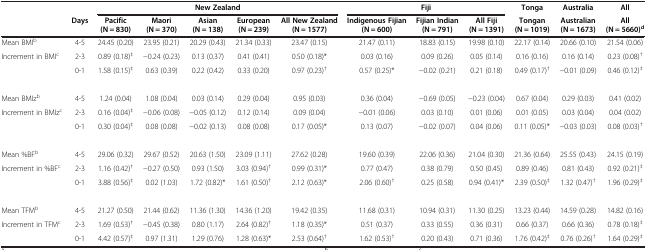
<table><thead><tr><td><b> </b></td><td><b> </b></td><td colspan="5"><b>New Zealand</b></td><td colspan="3"><b>Fiji</b></td><td><b>Tonga</b></td><td><b>Australia</b></td><td><b>All</b></td></tr><tr><td><b> </b></td><td><b>Days</b></td><td><b>Pacific (N = 830)</b></td><td><b>Maori (N = 370)</b></td><td><b>Asian (N = 138)</b></td><td><b>European (N = 239)</b></td><td><b>All New Zealand (N = 1577)</b></td><td><b>Indigenous Fijian (N = 600)</b></td><td><b>Fijian Indian (N = 791)</b></td><td><b>All Fiji (N = 1391)</b></td><td><b>Tongan (N = 1019)</b></td><td><b>Australian (N = 1673)</b></td><td><b>All (N = 5660)<sup>d</sup></b></td></tr></thead><tbody><tr><td>Mean BMI<sup>b</sup></td><td>4-5</td><td>24.45 (0.20)</td><td>23.95 (0.21)</td><td>20.29 (0.43)</td><td>21.34 (0.33)</td><td>23.47 (0.15)</td><td>21.47 (0.11)</td><td>18.83 (0.15)</td><td>19.98 (0.10)</td><td>22.17 (0.14)</td><td>20.66 (0.10)</td><td>21.54 (0.06)</td></tr><tr><td rowspan="2">Increment in BMI<sup>c</sup></td><td>2-3</td><td>0.89 (0.18)<sup>‡</sup></td><td>-0.24 (0.23)</td><td>0.13 (0.37)</td><td>0.41 (0.41)</td><td>0.50 (0.18)*</td><td>0.03 (0.16)</td><td>0.09 (0.26)</td><td>0.05 (0.14)</td><td>0.16 (0.16)</td><td>0.16 (0.14)</td><td>0.23 (0.08)<sup>†</sup></td></tr><tr><td>0-1</td><td>1.58 (0.15)<sup>‡</sup></td><td>0.63 (0.39)</td><td>0.22 (0.42)</td><td>0.33 (0.20)</td><td>0.97 (0.23)<sup>†</sup></td><td>0.57 (0.25)*</td><td>-0.02 (0.21)</td><td>0.21 (0.18)</td><td>0.49 (0.17)<sup>†</sup></td><td>-0.01 (0.09)</td><td>0.46 (0.12)<sup>‡</sup></td></tr><tr><td> </td><td> </td><td> </td><td> </td><td> </td><td> </td><td> </td><td> </td><td> </td><td> </td><td> </td><td> </td><td> </td></tr><tr><td>Mean BMIz<sup>b</sup></td><td>4-5</td><td>1.24 (0.04)</td><td>1.08 (0.04)</td><td>0.03 (0.14)</td><td>0.29 (0.04)</td><td>0.95 (0.03)</td><td>0.36 (0.04)</td><td>-0.69 (0.05)</td><td>-0.23 (0.04)</td><td>0.67 (0.04)</td><td>0.29 (0.03)</td><td>0.41 (0.02)</td></tr><tr><td rowspan="2">Increment in BMIz<sup>c</sup></td><td>2-3</td><td>0.16 (0.04)<sup>‡</sup></td><td>-0.06 (0.08)</td><td>-0.05 (0.12)</td><td>0.12 (0.14)</td><td>0.09 (0.04)</td><td>-0.01 (0.06)</td><td>0.03 (0.10)</td><td>0.01 (0.06)</td><td>0.01 (0.05)</td><td>0.03 (0.04)</td><td>0.04 (0.02)</td></tr><tr><td>0-1</td><td>0.30 (0.04)<sup>‡</sup></td><td>0.08 (0.08)</td><td>-0.02 (0.13)</td><td>0.08 (0.08)</td><td>0.17 (0.05)*</td><td>0.13 (0.07)</td><td>-0.02 (0.07)</td><td>0.04 (0.06)</td><td>0.11 (0.05)*</td><td>-0.03 (0.03)</td><td>0.08 (0.03)<sup>†</sup></td></tr><tr><td> </td><td> </td><td> </td><td> </td><td> </td><td> </td><td> </td><td> </td><td> </td><td> </td><td> </td><td> </td><td> </td></tr><tr><td>Mean %BF<sup>b</sup></td><td>4-5</td><td>29.06 (0.32)</td><td>29.67 (0.52)</td><td>20.63 (1.50)</td><td>23.09 (1.11)</td><td>27.62 (0.28)</td><td>19.60 (0.39)</td><td>22.06 (0.36)</td><td>21.04 (0.30)</td><td>21.36 (0.64)</td><td>25.55 (0.43)</td><td>24.15 (0.19)</td></tr><tr><td rowspan="2">Increment in %BF<sup>c</sup></td><td>2-3</td><td>1.16 (0.42)<sup>†</sup></td><td>-0.27 (0.50)</td><td>0.93 (1.50)</td><td>3.03 (0.94)<sup>†</sup></td><td>0.99 (0.31)*</td><td>0.77 (0.47)</td><td>0.38 (0.79)</td><td>0.50 (0.45)</td><td>0.89 (0.46)</td><td>0.81 (0.43)</td><td>0.92 (0.21)<sup>‡</sup></td></tr><tr><td>0-1</td><td>3.88 (0.56)<sup>‡</sup></td><td>0.02 (1.03)</td><td>1.72 (0.82)*</td><td>1.61 (0.50)<sup>†</sup></td><td>2.12 (0.63)*</td><td>2.06 (0.60)<sup>†</sup></td><td>0.25 (0.58)</td><td>0.94 (0.41)*</td><td>2.39 (0.50)<sup>‡</sup></td><td>1.32 (0.47)<sup>†</sup></td><td>1.96 (0.29)<sup>‡</sup></td></tr><tr><td> </td><td> </td><td> </td><td> </td><td> </td><td> </td><td> </td><td> </td><td> </td><td> </td><td> </td><td> </td><td> </td></tr><tr><td>Mean TFM<sup>b</sup></td><td>4-5</td><td>21.27 (0.50)</td><td>21.44 (0.62)</td><td>11.36 (1.30)</td><td>14.36 (1.20)</td><td>19.42 (0.35)</td><td>11.68 (0.31)</td><td>10.94 (0.31)</td><td>11.30 (0.25)</td><td>13.23 (0.44)</td><td>14.59 (0.28)</td><td>14.82 (0.16)</td></tr><tr><td rowspan="2">Increment in TFM<sup>c</sup></td><td>2-3</td><td>1.69 (0.53)<sup>†</sup></td><td>-0.45 (0.38)</td><td>0.80 (1.17)</td><td>2.64 (0.82)<sup>†</sup></td><td>1.18 (0.35)*</td><td>0.51 (0.37)</td><td>0.33 (0.55)</td><td>0.36 (0.31)</td><td>0.66 (0.37)</td><td>0.66 (0.36)</td><td>0.78 (0.18)<sup>‡</sup></td></tr><tr><td>0-1</td><td>4.42 (0.57)<sup>‡</sup></td><td>0.97 (1.31)</td><td>1.29 (0.76)</td><td>1.28 (0.63)*</td><td>2.53 (0.64)<sup>†</sup></td><td>1.62 (0.53)<sup>†</sup></td><td>0.20 (0.43)</td><td>0.71 (0.36)</td><td>1.76 (0.42)<sup>‡</sup></td><td>0.76 (0.26)<sup>†</sup></td><td>1.64 (0.29)<sup>‡</sup></td></tr></tbody></table>